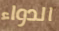
الدواء